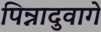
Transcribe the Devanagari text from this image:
पिन्नादुवागे